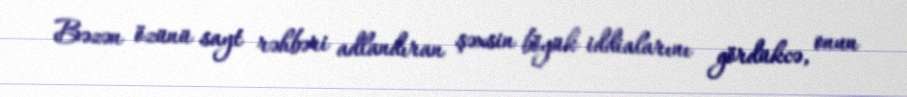
Bəzən özünü sayt rəhbəri adlandıran şəxsin böyük iddialarını gördükcə, onun